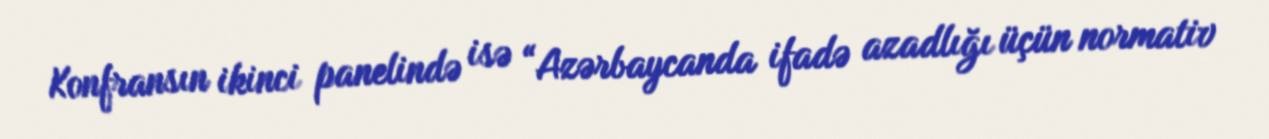
Konfransın ikinci panelində isə “Azərbaycanda ifadə azadlığı üçün normativ